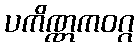
ပကိဏ္ဏကဝဂ္ဂ